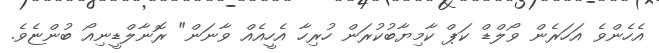
އެހެންވެ އަހަރެން ވޯލްޑް ކަޕް ކާމިޔާބުކުރަން ހުރިހާ އެހީއެއް ވާނަން" ރޮނާލްޑީނިއޯ ބުންޏެވެ.